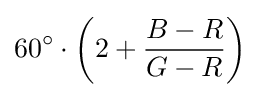
60^{\circ }\cdot \left(2+{\frac {B-R}{G-R}}\right)